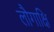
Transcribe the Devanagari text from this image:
लौगाक्षि